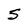
Character: 5